Leningradi_Edasi_toimetus, lk 52
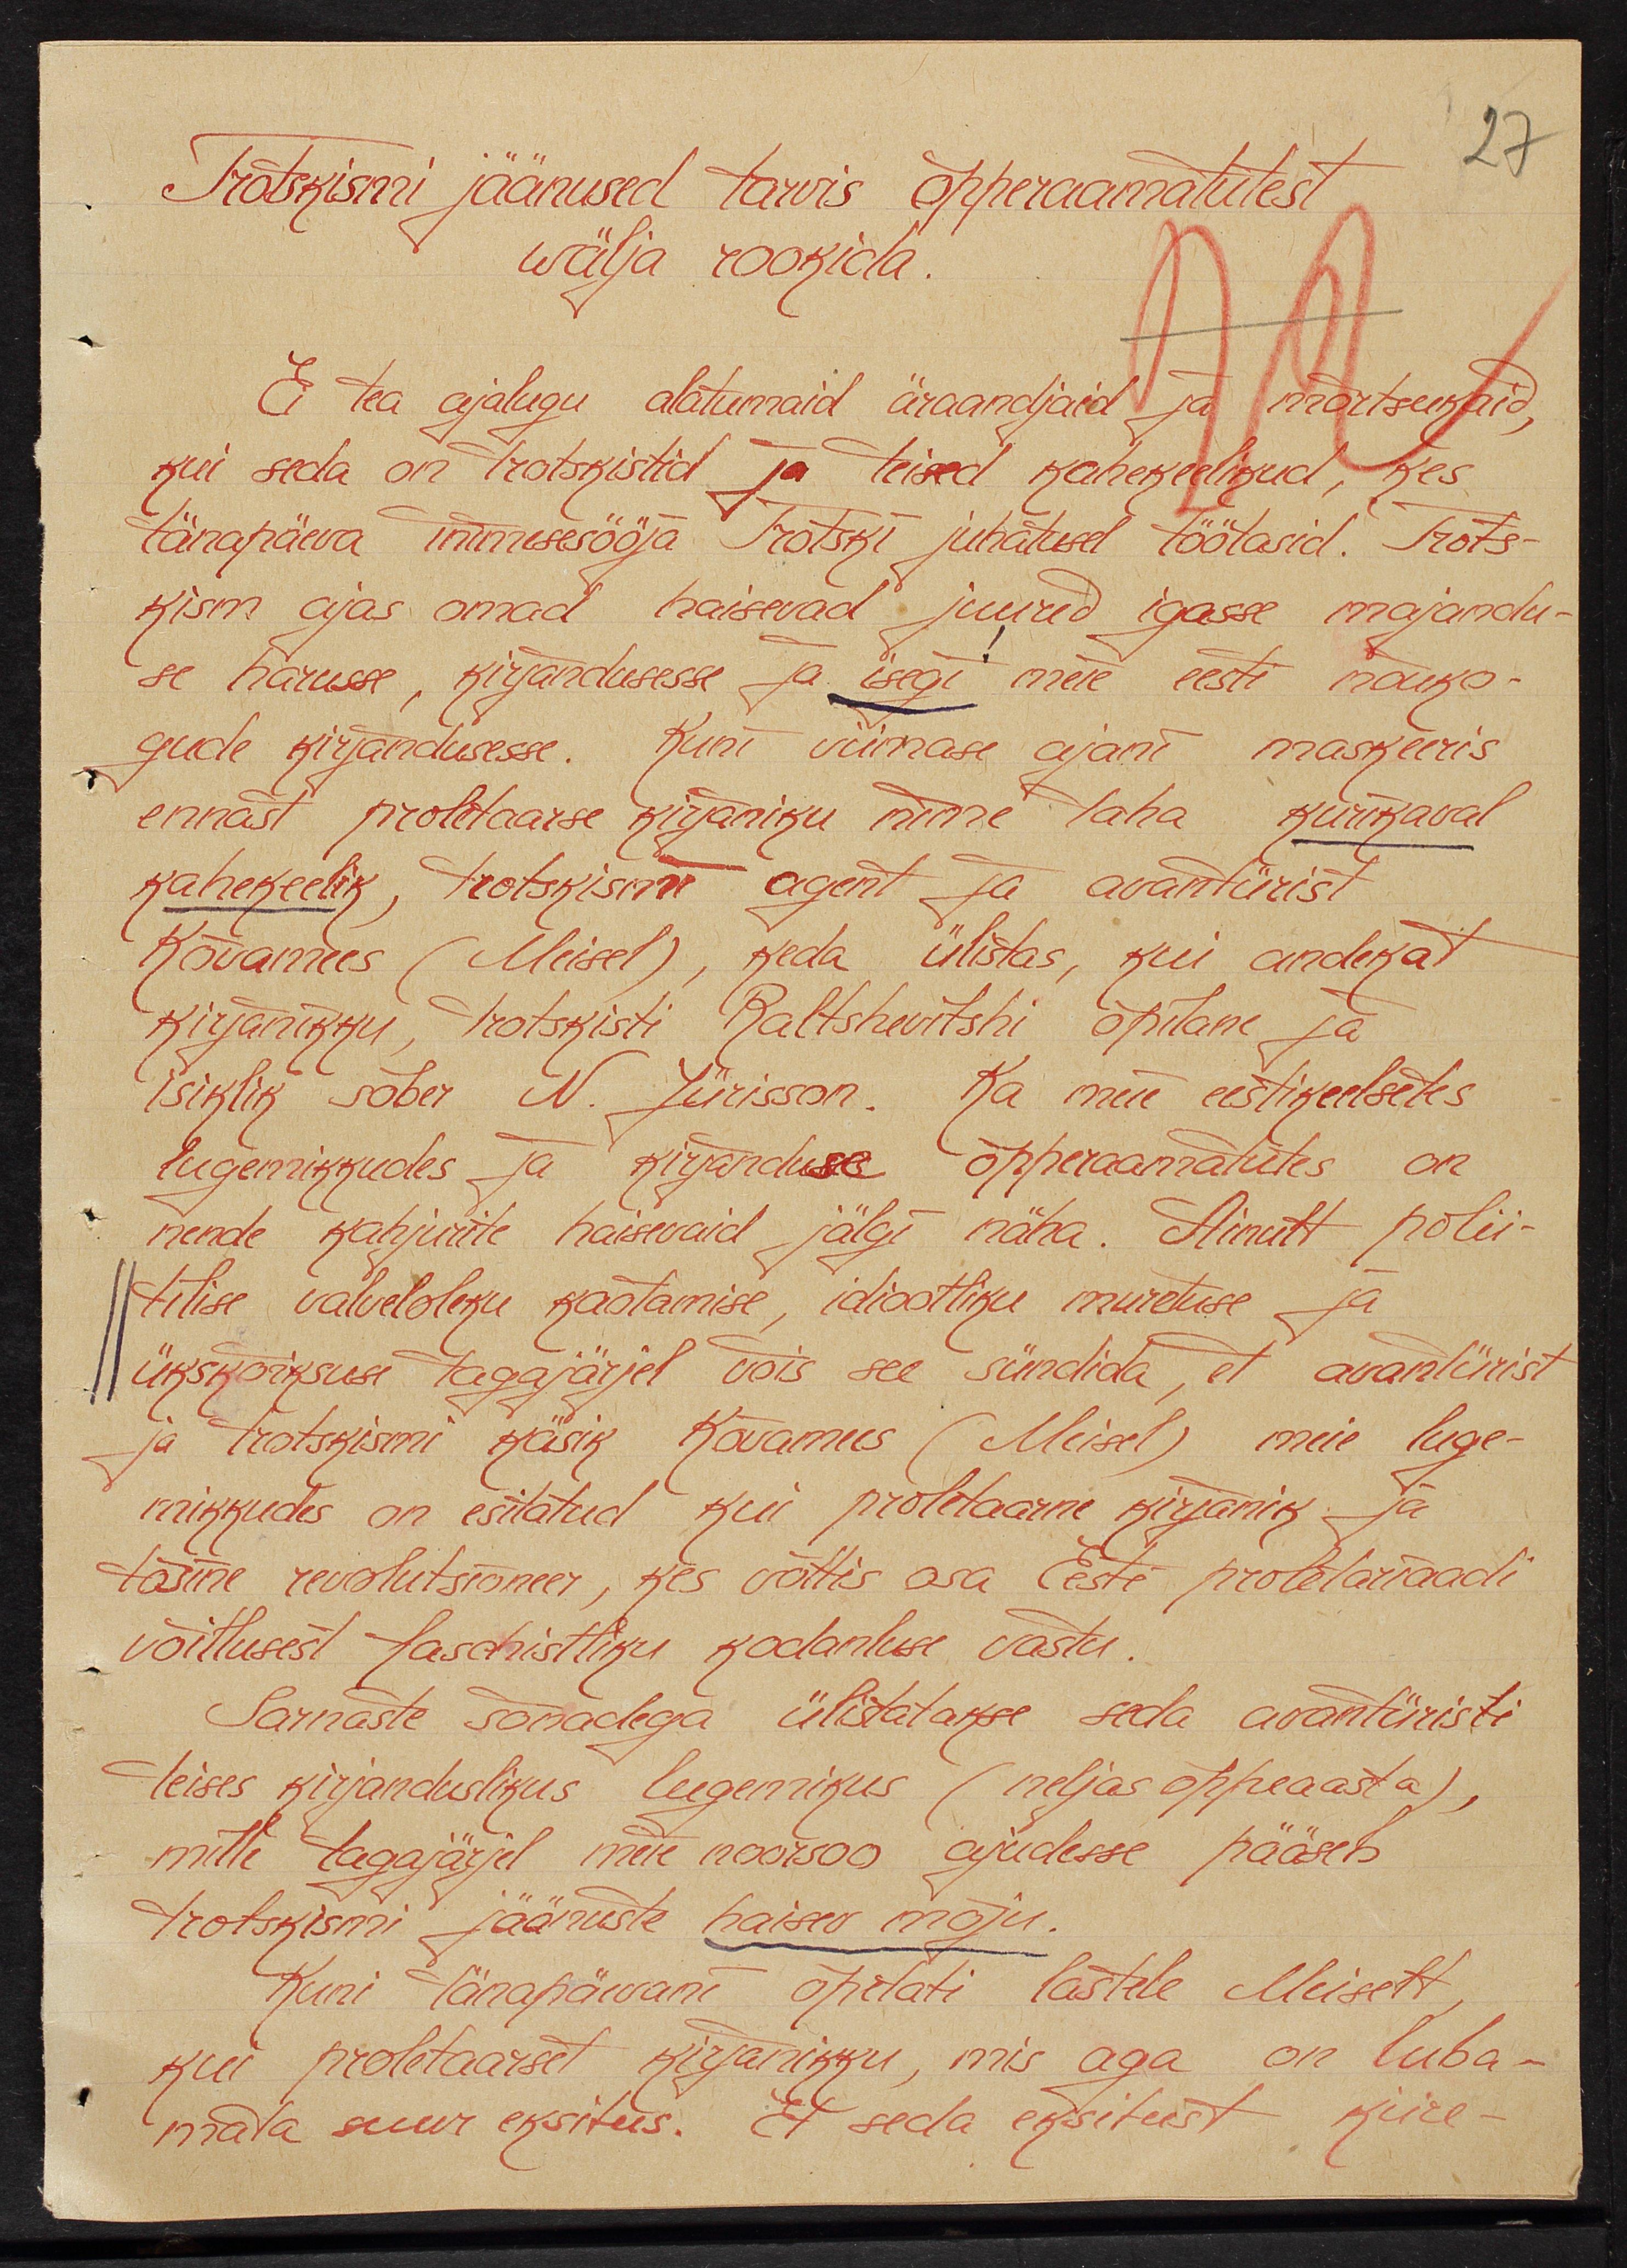
Trotskismi jäänused tarvis õpperaamatutest
27
wälja rookida.
Ei tea ajalugu alatumaid äraandjaid ja mõrtsukaid,
kui seda on trotskistid ja teised kahekeelikud, kes
tänapäeva inimesesööja Trotski juhatusel töötasid. Trots-
kism ajas omad haisevad juured igasse majandu-
se harusse, kirjandusesse ja isegi meie eesti nõuko-
gude kirjandusesse. Kuni võimase ajani maskeeris
ennast proletaarse kirjaniku nime taha kurikaval
kahekeelik, trotskismi agent ja avantürist.
Kõvamees (Meisel), keda ülistas kui andekat
kirjanikku, trotskisti Baltschevitshi õpilane ja
isiklik sõber N. Jürisson. Ka meie eestikeelsetes
lugemikkudes ja kirjanduse õpperaamatutes on
nende kahjurite haisevaid jälgi näha. Ainult polii-
tilise valveloleku kaotamise, idiootliku muretuse ja
ükskõiksuse tagajärjel võis see sündida, et avantürist
ja trotskismi käsk Kõvamees (Meisel) meie luge-
mikkudes on esitatud kui proletaare kirjanik ja
tõsine revolutsionäär, kes võttis osa Eesti proletariaadi
võitlusest faschistliku kodanluse vastu.
Sarnaste sõnadega ülistatakse seda avantüristi
teises kirjanduslikus lugemikus (neljas õppeaasta),
mitte tagajärjel meie noorsoo ajudesse pääseb
trotskismi jäänuste haisev mõju.
Kuni tänapäevani õpilati lastele Meiselt
kui proletaarset kirjanikku, mis aga on luba-
mata suur eksitus. Et seda eksitust kiire-